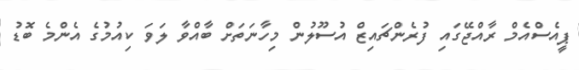
ޕީއެސްއެމް ރާއްޖޭގައި ފުރެންޗައިޒް އުސޫލުން މިހާނަތަށް ބާއްވާ ލަވަ ކިއުމުގެ އެންމެ ބޮޑު